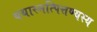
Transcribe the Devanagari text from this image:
यथास्मत्पित्तण्यस्य